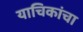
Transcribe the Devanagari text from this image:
याचिकांचा